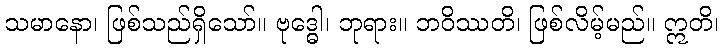
သမာနော၊ ဖြစ်သည်ရှိသော်။ ဗုဒ္ဓေါ၊ ဘုရား။ ဘဝိဿတိ၊ ဖြစ်လိမ့်မည်။ ဣတိ၊